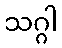
သဂ္ဂါ